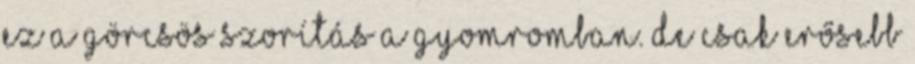
ez a görcsös szorítás a gyomromban. De csak erősebb